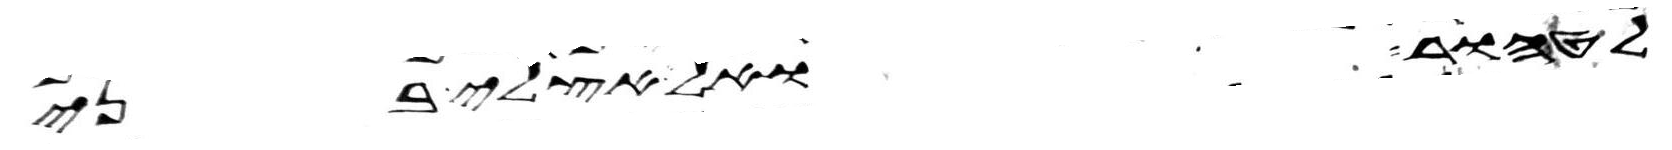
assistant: לטהור ואל אצלי בני